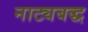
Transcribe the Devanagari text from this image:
नाट्यबद्ध